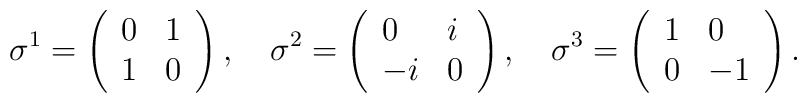
\sigma^1=\left(\begin{array}{ll}0&1\\1&0\end{array}\right),\quad\sigma^2=\left(\begin{array}{ll}0&i\\-i&0\end{array}\right),\quad\sigma^3=\left(\begin{array}{ll}1&0\\0&-1\end{array}\right).